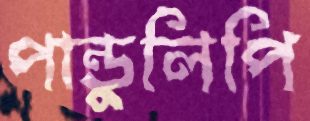
পান্ডুলিপি